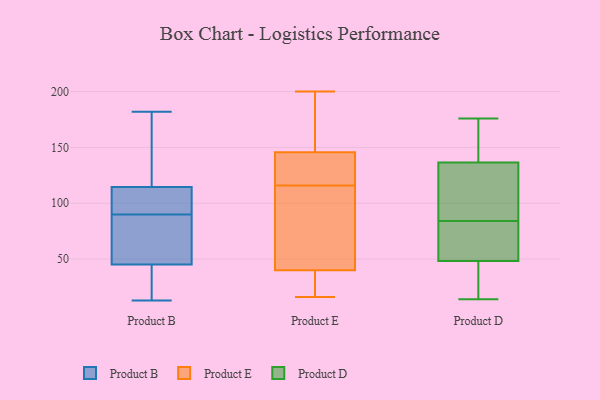
{"axis": {"x": "Demand Index", "y": "Value"}, "legend": ["Product B", "Product D", "Product E"], "data": [{"x": "", "y": 13, "type": "Product B"}, {"x": "", "y": 39, "type": "Product B"}, {"x": "", "y": 14, "type": "Product B"}, {"x": "", "y": 182, "type": "Product B"}, {"x": "", "y": 90, "type": "Product B"}, {"x": "", "y": 94, "type": "Product B"}, {"x": "", "y": 73, "type": "Product B"}, {"x": "", "y": 160, "type": "Product B"}, {"x": "", "y": 64, "type": "Product B"}, {"x": "", "y": 107, "type": "Product B"}, {"x": "", "y": 117, "type": "Product B"}, {"x": "", "y": 120, "type": "Product E"}, {"x": "", "y": 165, "type": "Product E"}, {"x": "", "y": 146, "type": "Product E"}, {"x": "", "y": 116, "type": "Product E"}, {"x": "", "y": 22, "type": "Product E"}, {"x": "", "y": 124, "type": "Product E"}, {"x": "", "y": 20, "type": "Product E"}, {"x": "", "y": 79, "type": "Product E"}, {"x": "", "y": 101, "type": "Product E"}, {"x": "", "y": 16, "type": "Product E"}, {"x": "", "y": 27, "type": "Product E"}, {"x": "", "y": 129, "type": "Product E"}, {"x": "", "y": 81, "type": "Product E"}, {"x": "", "y": 107, "type": "Product E"}, {"x": "", "y": 165, "type": "Product E"}, {"x": "", "y": 27, "type": "Product E"}, {"x": "", "y": 145, "type": "Product E"}, {"x": "", "y": 163, "type": "Product E"}, {"x": "", "y": 200, "type": "Product E"}, {"x": "", "y": 176, "type": "Product D"}, {"x": "", "y": 126, "type": "Product D"}, {"x": "", "y": 166, "type": "Product D"}, {"x": "", "y": 34, "type": "Product D"}, {"x": "", "y": 84, "type": "Product D"}, {"x": "", "y": 108, "type": "Product D"}, {"x": "", "y": 16, "type": "Product D"}, {"x": "", "y": 156, "type": "Product D"}, {"x": "", "y": 64, "type": "Product D"}, {"x": "", "y": 43, "type": "Product D"}, {"x": "", "y": 140, "type": "Product D"}, {"x": "", "y": 70, "type": "Product D"}, {"x": "", "y": 107, "type": "Product D"}, {"x": "", "y": 14, "type": "Product D"}, {"x": "", "y": 81, "type": "Product D"}]}